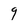
Character: 9